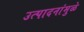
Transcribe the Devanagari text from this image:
उत्पादनांमुळे